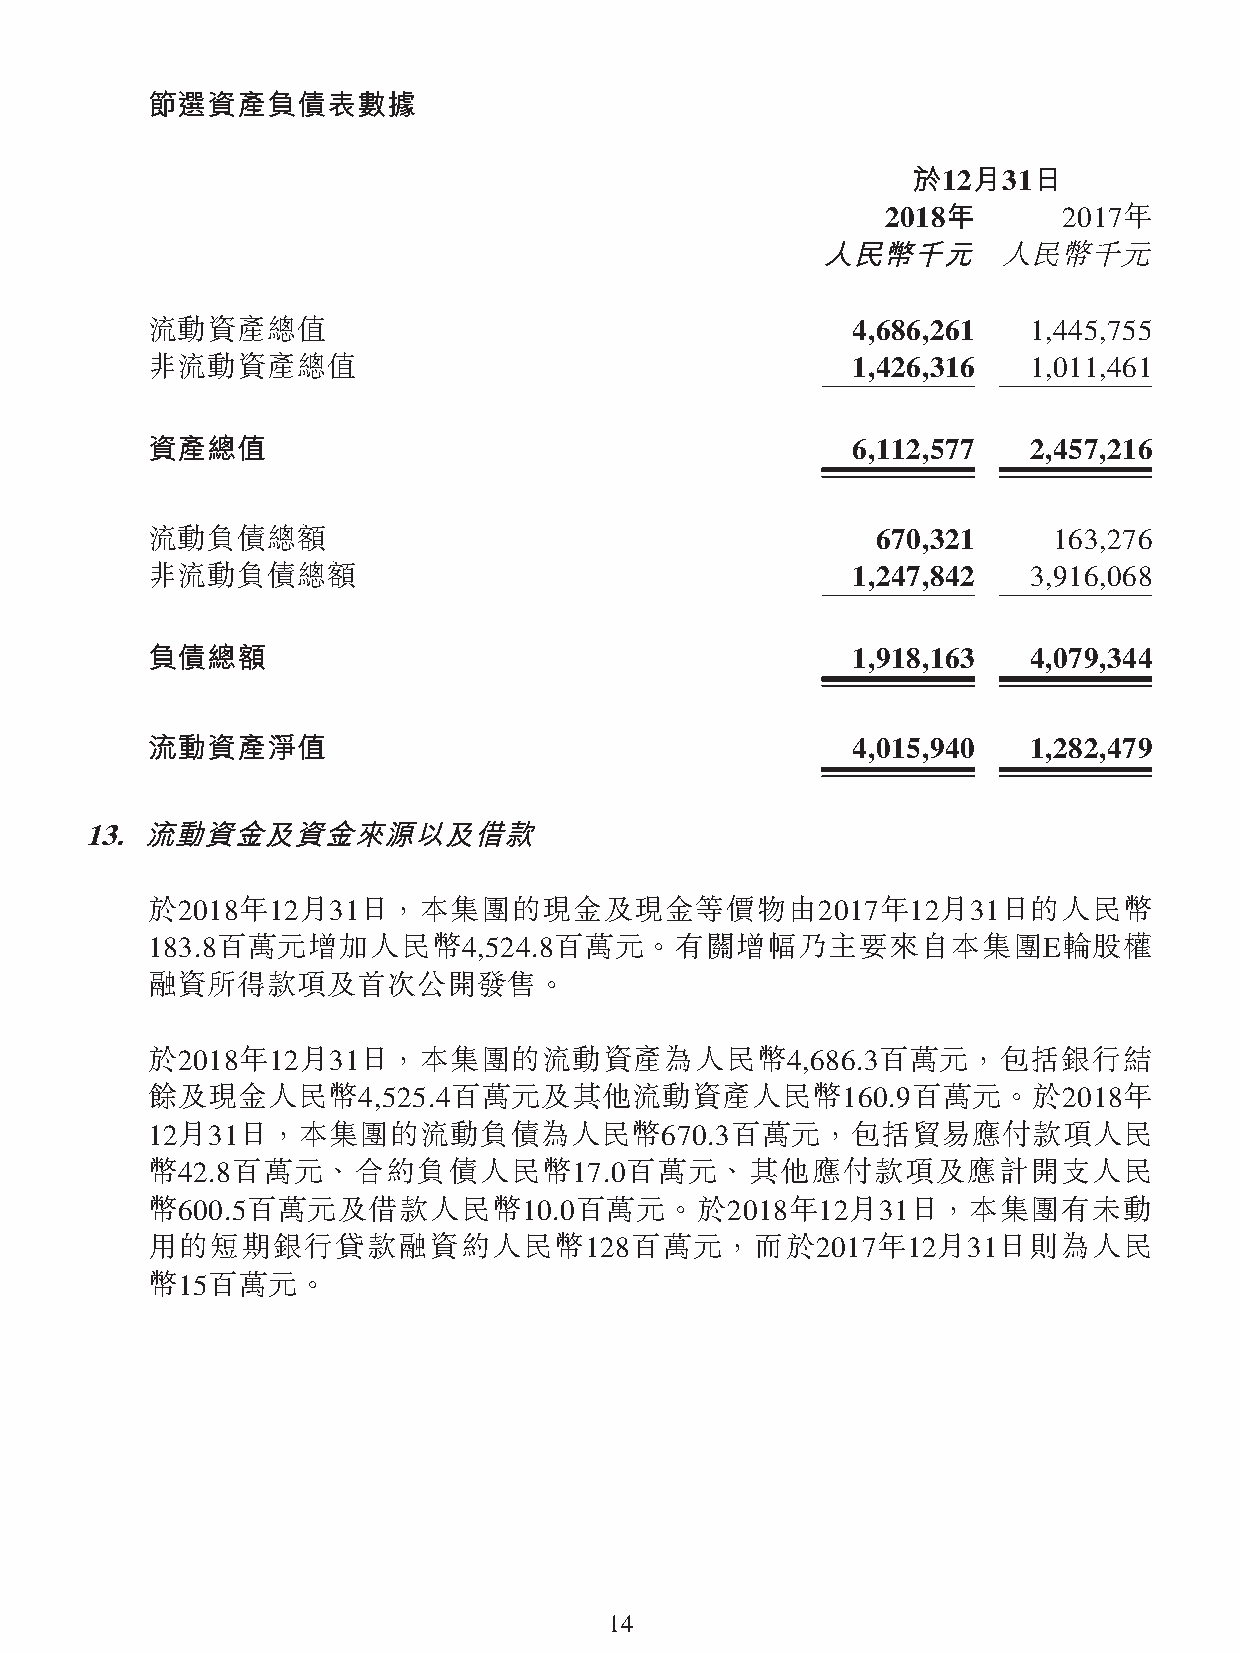
節選資產負債表數據
 於12月31日
 2018年      2017年
 人民幣千元       人民幣千元
 流動資產總值                                        4,686,261   1,445,755
 非流動資產總值                                       1,426,316   1,011,461
 資產總值                                          6,112,577   2,457,216
 流動負債總額                                          670,321     163,276
 非流動負債總額                                       1,247,842   3,916,068
 負債總額                                          1,918,163   4,079,344
 流動資產淨值                                        4,015,940   1,282,479
 13. 流動資金及資金來源以及借款
 於2018年12月31日，本集團的現金及現金等價物由2017年12月31日的人民幣
 183.8百萬元增加人民幣4,524.8百萬元。有關增幅乃主要來自本集團E輪股權
 融資所得款項及首次公開發售。
 於2018年12月31日，本集團的流動資產為人民幣4,686.3百萬元，包括銀行結
 餘及現金人民幣4,525.4百萬元及其他流動資產人民幣160.9百萬元。於2018年
 12月31日，本集團的流動負債為人民幣670.3百萬元，包括貿易應付款項人民
 幣42.8百萬元、合約負債人民幣17.0百萬元、其他應付款項及應計開支人民
 幣600.5百萬元及借款人民幣10.0百萬元。於2018年12月31日，本集團有未動
 用的短期銀行貸款融資約人民幣128百萬元，而於2017年12月31日則為人民
 幣15百萬元。
 14